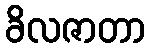
ခိလဇာတာ